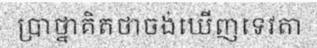
ប្រាថ្នាគិតថាចង់ឃើញទេវតា